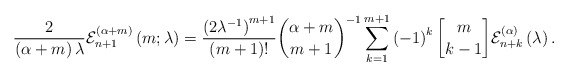
\begin{align*}\frac{2}{\left( \alpha+m\right) \lambda}\mathcal{E}_{n+1}^{\left(\alpha+m\right) }\left( m;\lambda\right) =\frac{\left( 2\lambda^{-1}\right) ^{m+1}}{\left( m+1\right) !}\binom{\alpha+m}{m+1}^{-1}\sum_{k=1}^{m+1}\left( -1\right) ^{k}\genfrac{[}{]}{0pt}{}{m}{k-1}\mathcal{E}_{n+k}^{\left( \alpha\right) }\left( \lambda\right) .\end{align*}